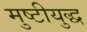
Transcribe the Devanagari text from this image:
मुष्टीयुद्ध